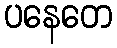
ပနေတေ